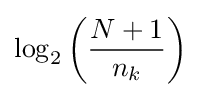
\log _{2}\left({\frac {N+1}{n_{k}}}\right)